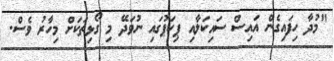
"މުދާ ހިފައިގެން އައިސް ސައިކަލާއި ޕިކަޕުގައި ނުވަދޭ މި ގޯޅިތަކަށް މިހާރު ވެސް.